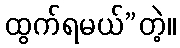
ထွက်ရမယ်”တဲ့။